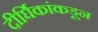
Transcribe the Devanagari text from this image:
दीर्घिकांकडून